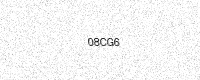
Text: 08CG6